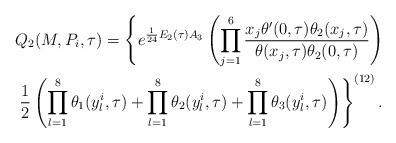
LaTeX: \begin{align*}&Q_2(M,P_i,\tau)=\left\{e^{\frac{1}{24}E_2(\tau)A_3}\left(\prod_{j=1}^{6}\frac{x_j\theta'(0,\tau)\theta_2(x_j,\tau)}{\theta(x_j,\tau)\theta_2(0,\tau)}\right)\right.\\&\left.\frac{1}{2}\left(\prod_{l=1}^8\theta_1(y_l^i,\tau)+\prod_{l=1}^8\theta_2(y_l^i,\tau)+\prod_{l=1}^8\theta_3(y_l^i,\tau)\right)\right\}^{(12)}.\end{align*}